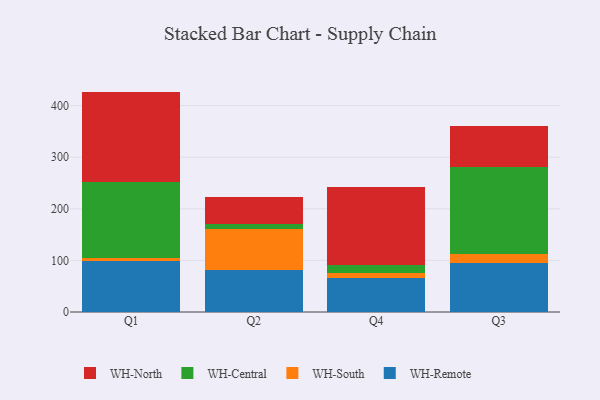
{"axis": {"x": "Quarter", "y": "Conversion Rate (%)"}, "legend": ["WH-Central", "WH-North", "WH-Remote", "WH-South"], "data": [{"x": "Q1", "y": 98.4, "type": "WH-Remote"}, {"x": "Q1", "y": 6.6, "type": "WH-South"}, {"x": "Q1", "y": 146.1, "type": "WH-Central"}, {"x": "Q1", "y": 176.1, "type": "WH-North"}, {"x": "Q2", "y": 81.5, "type": "WH-Remote"}, {"x": "Q2", "y": 79.2, "type": "WH-South"}, {"x": "Q2", "y": 9.8, "type": "WH-Central"}, {"x": "Q2", "y": 52.5, "type": "WH-North"}, {"x": "Q4", "y": 66.4, "type": "WH-Remote"}, {"x": "Q4", "y": 9.1, "type": "WH-South"}, {"x": "Q4", "y": 15.4, "type": "WH-Central"}, {"x": "Q4", "y": 152.0, "type": "WH-North"}, {"x": "Q3", "y": 94.5, "type": "WH-Remote"}, {"x": "Q3", "y": 18.5, "type": "WH-South"}, {"x": "Q3", "y": 167.4, "type": "WH-Central"}, {"x": "Q3", "y": 79.5, "type": "WH-North"}]}